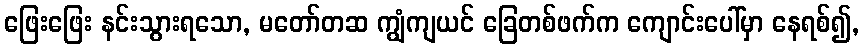
ဖြေးဖြေး နင်းသွားရသော, မတော်တဆ ကျွံကျယင် ခြေတစ်ဖက်က ကျောင်းပေါ်မှာ နေရစ်၍,